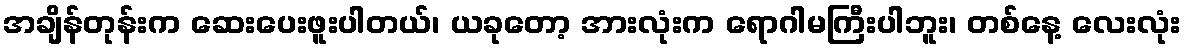
အချိန်တုန်းက ဆေးပေးဖူးပါတယ်၊ ယခုတော့ အားလုံးက ရောဂါမကြီးပါဘူး၊ တစ်နေ့ လေးလုံး